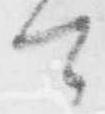
て